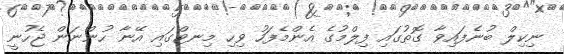
ނިކިލް ބުނެފައިވާ ގޮތުގައި ފިލްމުގެ އެންމެފަހު ވިހި މިނޓްގައި އޭނާ ހުންނަން ޖެހުނީ